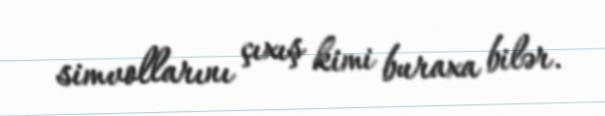
simvollarını çıxış kimi buraxa bilər.